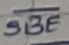
Text: SBE